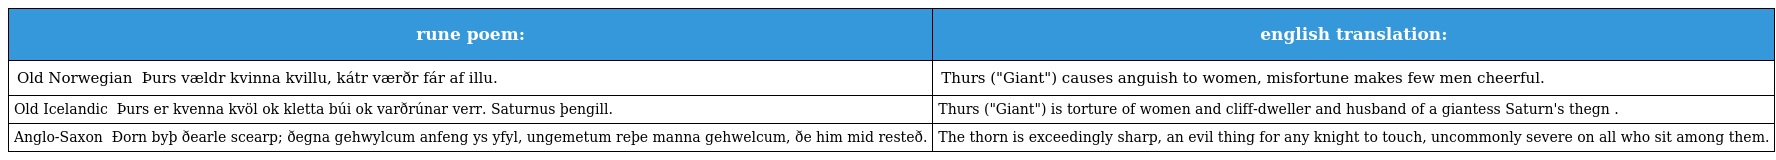
| rune poem: | english translation: |
 | --- | --- |
 | Old Norwegian ᚦ Þurs vældr kvinna kvillu, kátr værðr fár af illu. | Thurs ("Giant") causes anguish to women, misfortune makes few men cheerful. |
 | Old Icelandic ᚦ Þurs er kvenna kvöl ok kletta búi ok varðrúnar verr. Saturnus þengill. | Thurs ("Giant") is torture of women and cliff-dweller and husband of a giantess Saturn's thegn . |
 | Anglo-Saxon ᚦ Ðorn byþ ðearle scearp; ðegna gehwylcum anfeng ys yfyl, ungemetum reþe manna gehwelcum, ðe him mid resteð. | The thorn is exceedingly sharp, an evil thing for any knight to touch, uncommonly severe on all who sit among them. |